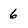
Character: 6